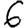
Digit: 6